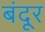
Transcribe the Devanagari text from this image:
बंदूर